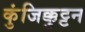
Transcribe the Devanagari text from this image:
कुंजिक्कुट्टन